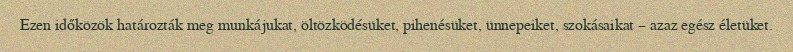
Ezen időközök határozták meg munkájukat, öltözködésüket, pihenésüket, ünnepeiket, szokásaikat – azaz egész életüket.